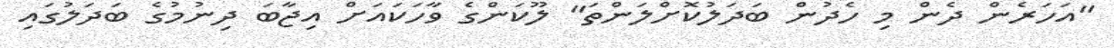
"އަހަރެން ދެން މި ހެދުން ބަދަލުކޮށްލަންތަ" ލޫކަންގެ ވާހަކައަށް އިޖާބަ ދިނުމުގެ ބަދަލުގައި